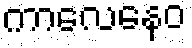
ကာလေနေဝ